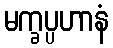
မက္ခပ္ပဟာနံ